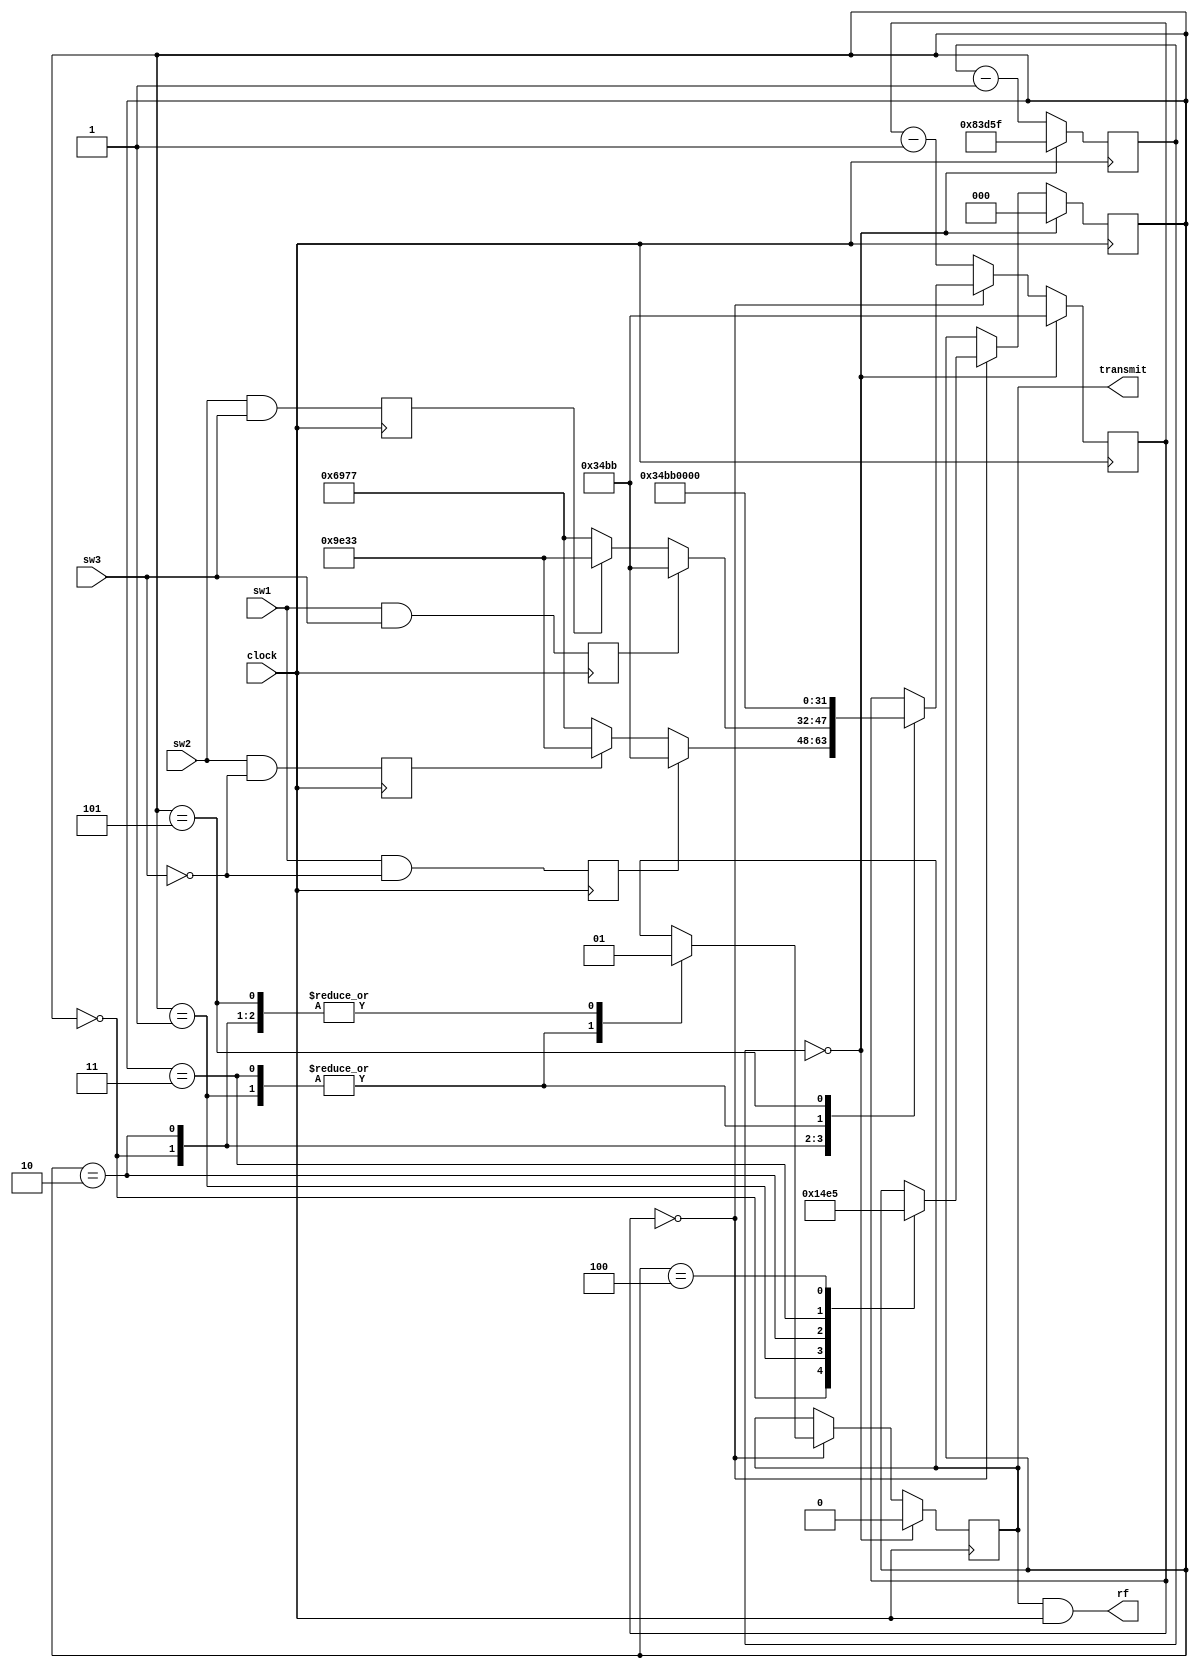
module transmitter
  (
   input  clock,
   input  sw1,
   input  sw2,
   input  sw3,
   output reg transmit,
   output rf
   );

   parameter FREQ = 27;

   localparam S_C1_OFF = 0;
   localparam S_C1_ON = 1;
   localparam S_C2_OFF = 2;
   localparam S_C2_ON = 3;
   localparam S_SYNC_OFF = 4;
   localparam S_SYNC_ON = 5;

   // Frame time is 20ms
   localparam FRAME_TIME = FREQ *  20000 - 1;

   // Off time is 0.5ms
   localparam OFF_TIME   = FREQ *  500 - 1;

   // On time is 0.5ms -> 1.5ms
   // (i.e. 0.5ms + value * 1.0ms whete value 0..1)
   localparam ON_0_TIME   = FREQ *  500 - 1;
   localparam ON_1_TIME   = FREQ * 1000 - 1;
   localparam ON_2_TIME   = FREQ * 1500 - 1;


   // State machine cycling through the two channels
   reg [2:0] state = S_C1_OFF;

   // Max counter1 is ~20ms * 27MHz = 540,000
   reg [19:0] counter1 = 0;

   // Max counter2 is ~1.5ms * 27MHz = 40,500
   reg [15:0] counter2 = 0;

   reg        c1 = 0;
   reg        c2 = 0;
   reg        c3 = 0;
   reg        c4 = 0;


   assign rf = transmit & clock;

   always @(posedge clock) begin

      c1 <= sw1 & !sw3;
      c2 <= sw2 & !sw3;
      c3 <= sw1 &  sw3;
      c4 <= sw2 &  sw3;

      if (counter1 == 0) begin
         counter1 <= FRAME_TIME;
      end else begin
         counter1 <= counter1 - 1;
      end

      if (counter1 == 0) begin
         state    <= S_C1_OFF;
         counter2 <= OFF_TIME;
         transmit <= 1'b0;
      end else begin
         if (counter2 == 0) begin
            case (state)
              S_C1_OFF:
                begin
                   state <= S_C1_ON;
                   if (c1)
                     counter2 <= ON_0_TIME;
                   else if (c2)
                     counter2 <= ON_2_TIME;
                   else
                     counter2 <= ON_1_TIME;
                   transmit <= 1'b1;
                end
              S_C1_ON:
                begin
                   state <= S_C2_OFF;
                   counter2 <= OFF_TIME;
                   transmit <= 1'b0;
                end
              S_C2_OFF:
                begin
                   state <= S_C2_ON;
                   if (c3)
                     counter2 <= ON_0_TIME;
                   else if (c4)
                     counter2 <= ON_2_TIME;
                   else
                     counter2 <= ON_1_TIME;
                   transmit <= 1'b1;
                end
              S_C2_ON:
                begin
                   state <= S_SYNC_OFF;
                   counter2 <= OFF_TIME;
                   transmit <= 1'b0;
                end
              S_SYNC_OFF:
                begin
                   state <= S_SYNC_ON;
                   transmit <= 1'b1;
                end
              S_SYNC_ON:
                begin
                   counter2 <= 0;
                   transmit <= 1'b1;
                end
            endcase


        end else begin
           counter2 <= counter2 - 1;
        end
      end
   end
endmodule